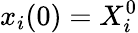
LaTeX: x_{i}(0)=X_{i}^{0}